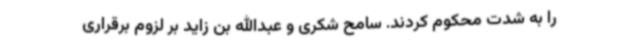
را به شدت محکوم کردند. سامح شکری و عبدالله بن زاید بر لزوم برقراری